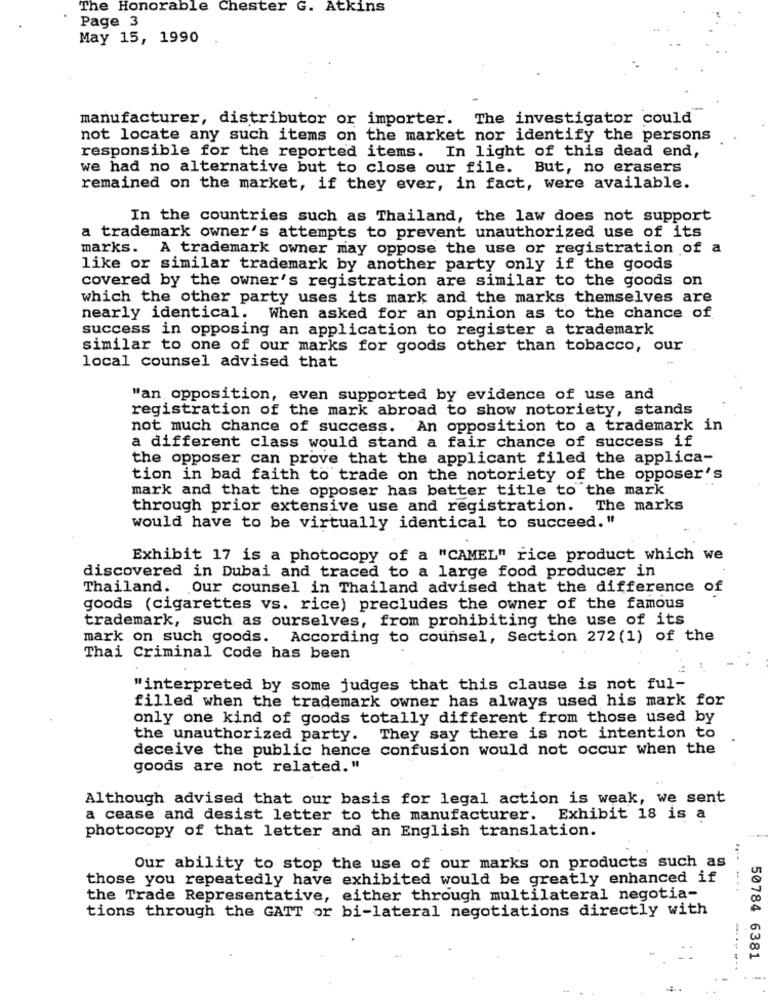
The Honorable Chester G. Atkins
Page 3
May 15, 1990
manufacturer, distributor or importer. The investigator could
not locate any such items on the market nor identify the persons
responsible for the reported items. In light of this dead end,
we had no alternative but to close our file. But, no erasers
remained on the market, if they ever, in fact, were available.
In the countries such as Thailand, the law does not support
a trademark owner's attempts to prevent unauthorized use of its
marks. A trademark owner may oppose the use or registration of a
like or similar trademark by another party only if the goods
covered by the owner's registration are similar to the goods on
which the other party uses its mark and the marks themselves are
nearly identical. When asked for an opinion as to the chance of
success in opposing an application to register a trademark
similar to one of our marks for goods other than tobacco, our
local counsel advised that
"an opposition, even supported by evidence of use and
registration of the mark abroad to show notoriety, stands
not much chance of success. An opposition to a trademark in
a different class would stand a fair chance of success if
the opposer can prove that the applicant filed the applica-
tion in bad faith to trade on the notoriety of the opposer's
mark and that the opposer has better title to the mark
through prior extensive use and registration.
The marks
would have to be virtually identical to succeed."
Exhibit 17 is a photocopy of a "CAMEL" rice product which we
discovered in Dubai and traced to a large food producer in
Thailand.
.Our counsel in Thailand advised that the difference of
goods (cigarettes vs. rice) precludes the owner of the famous
trademark, such as ourselves, from prohibiting the use of its
mark on such goods. According to counsel, Section 272 (1) of the
Thai Criminal Code has been
"interpreted by some judges that this clause is not ful-
filled when the trademark owner has always used his mark for
only one kind of goods totally different from those used by
the unauthorized party. They say there is not intention to
deceive the public hence confusion would not occur when the
goods are not related."
Although advised that our basis for legal action is weak, we sent
a cease and desist letter to the manufacturer.
Exhibit 18 is a
photocopy of that letter and an English translation.
Our ability to stop the use of our marks on products such as
those you repeatedly have exhibited would be greatly enhanced if
the Trade Representative, either through multilateral negotia-
tions through the GATT or bi-lateral negotiations directly with
50784 6381